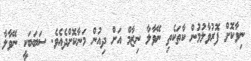
ނިވާކޮށް ފޮރުވާލުމުން ކާތަކެތި ނޭވާލާ ނިޒާމް އަށް ދިއުން މަނާކޮށްދެއެވެ. ސަބަބަކީ ނޭވާލާ